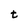
Character: t